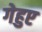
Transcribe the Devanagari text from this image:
गेहुए